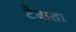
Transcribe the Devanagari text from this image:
टेकता